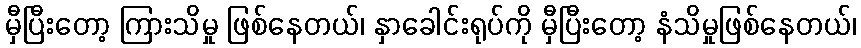
မှီပြီးတော့ ကြားသိမှု ဖြစ်နေတယ်၊ နှာခေါင်းရုပ်ကို မှီပြီးတော့ နံသိမှုဖြစ်နေတယ်၊